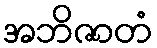
အဘိဇာတံ